Indian journal of veterinary science and animal husbandry - Volumes 22-23, 1952-1953
Year: 1952
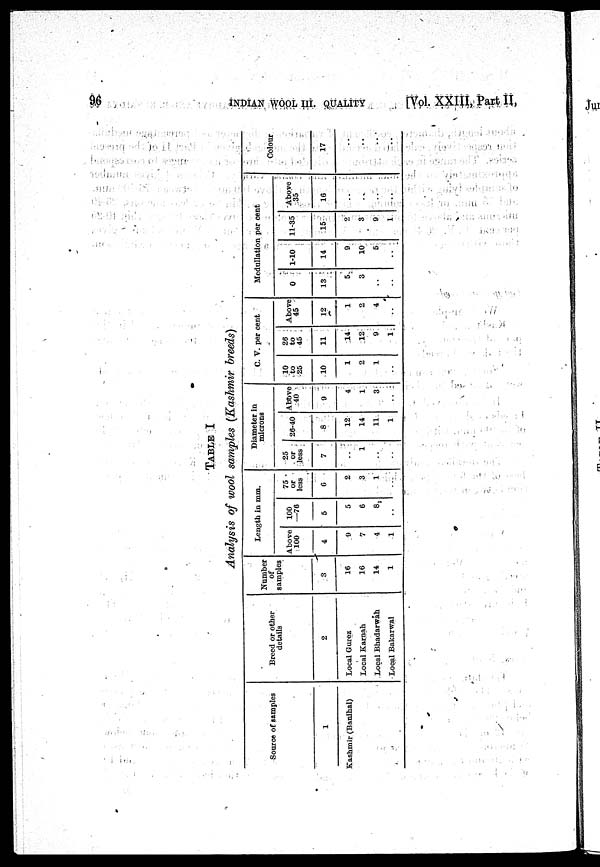
96
INDIAN WOOL III, QUALITY
[Vol. XXIII, Part II,
TABLE I
Analysis of wool samples (Kashmir breeds)
Source of samples
1
Kashmir (Banihal)
Breed or other
details
2
Local Gurez
Local Karnah
Local Bhadarwah
Local Bakarwal
Number
of
samples
3
16
16
14
1
Length in mm.
Above
100
4
9
7
4
1
100
—76
5
5
6
8
..
75
or
less
6
2
3
1
..
Diameter in
microns
25
or
less
7
..
1
..
..
26-40
8
12
14
11
1
Above
40
9
4
1
3
..
C. V. per cent
10
to
25
10
1
2
1
..
26
to
45
11
14
12
9
1
Above
45
12
1
2
4
..
Medullation per cent
0
13
5
3
..
..
1-10
14
9
10
5
..
11-35
15
2
3
9
1
Above
35
16
..
..
..
..
Colour
17
..
..
..
..